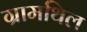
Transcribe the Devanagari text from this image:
ग्रामथिल